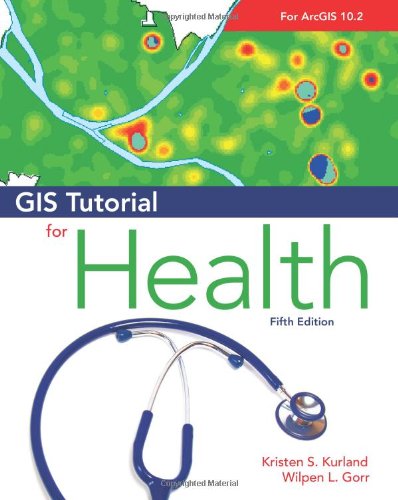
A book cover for GIS Tutorial for Health, fifth edition; Kristen S. Kurland; Science & Math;